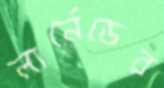
লার্নেডের